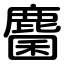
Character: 麕